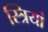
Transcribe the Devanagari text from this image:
स्‍त्रियां